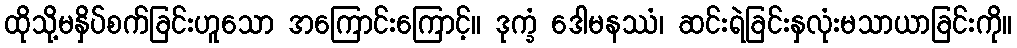
ထိုသို့မနှိပ်စက်ခြင်းဟူသော အကြောင်းကြောင့်။ ဒုက္ခံ ဒေါမနဿံ၊ ဆင်းရဲခြင်းနှလုံးမသာယာခြင်းကို။